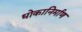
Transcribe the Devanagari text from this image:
धोकानिर्माण